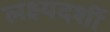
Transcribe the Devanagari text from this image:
लक्ष्यदर्शी